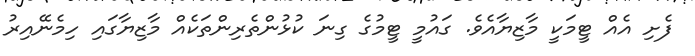
ފެށި އެއް ޓީމަކީ މާޒިޔާއެވެ. ގައުމީ ޓީމުގެ ގިނަ ކުޅުންތެރިންތަކެއް މާޒިޔާގައި ހިމެނޭއިރު